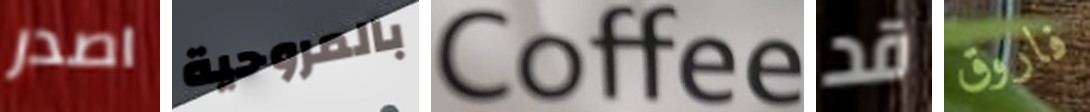
اصدر بالمروحية Coffee قد فاروق